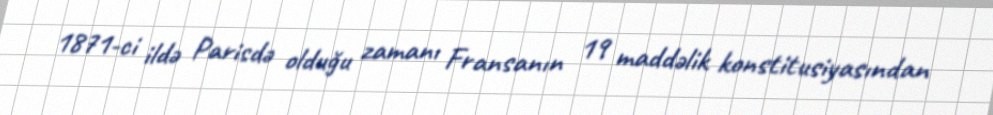
1871-ci ildə Parisdə olduğu zamanı Fransanın 19 maddəlik konstitusiyasından